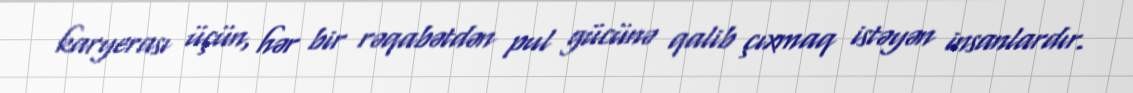
karyerası üçün, hər bir rəqabətdən pul gücünə qalib çıxmaq istəyən insanlardır.